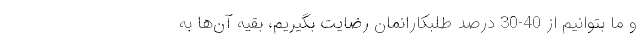
و ما بتوانیم از 40-30 درصد طلبکارانمان رضایت بگیریم، بقیه آن‌ها به